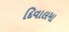
દિવાલમા